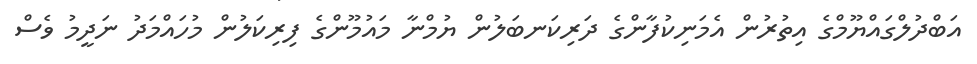
އަބްދުލްގައްޔޫމްގެ އިތުރުން އެމަނިކުފާންގެ ދަރިކަނބަލުން ޔުމްނާ މައުމޫންގެ ފިރިކަލުން މުހައްމަދު ނަދީމު ވެސް